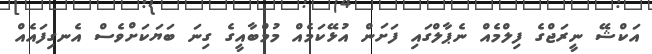
އަކްޝޭ ނީރަޖްގެ ފިލްމެއް ނެޕާލްގައި ފަށަން އުޅޭކަމެއް މުމްބާއީގެ ގިނަ ބަޔަކަށްވެސް އެނގިފައެއް